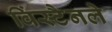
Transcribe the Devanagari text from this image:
विंस्टैनले